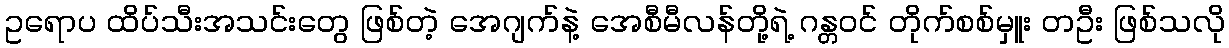
ဥရောပ ထိပ်သီးအသင်းတွေ ဖြစ်တဲ့ အေဂျက်နဲ့ အေစီမီလန်တို့ရဲ့ ဂန္တဝင် တိုက်စစ်မှူး တဦး ဖြစ်သလို